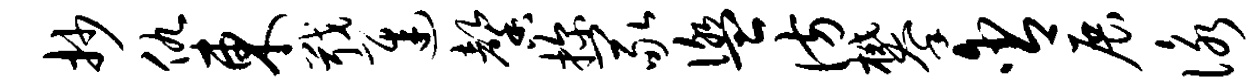
抄仇东戢迟馨探冢盥彷攀含展咏